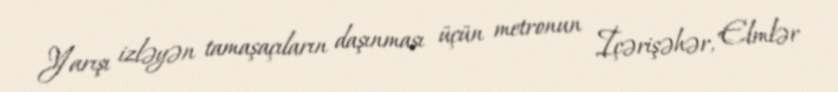
Yarışı izləyən tamaşaçıların daşınması üçün metronun İçərişəhər, Elmlər